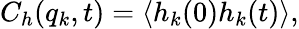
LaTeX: C_{h}(q_{k},t)=\langle h_{k}(0)h_{k}(t)\rangle,